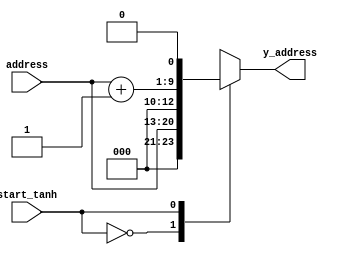
module Yunit(input [7:0] address
           , input start_tanh
           , output reg [11:0] y_address);

always@(*)
begin
    case(start_tanh)
    1'b0: y_address = {3'b0, address, 1'b0};
    1'b1: y_address = {3'b0, address + 1, 1'b0};
    endcase
end
endmodule